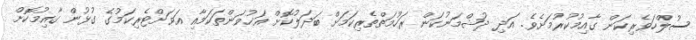
ސުލްހަވެރިކަން ގާއިމުކުރުމަށެވެ. އަދި ދުޝްމަނުކަން ރަހުމަތްތެރިކަމަށް ބަދަލުކޮށް އަޚުވަންތަކަމާއި އަވަށްޓެރިކަމުގެ ގުޅުން ގާއިމުކޮށް